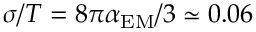
\sigma / T = 8 \pi \alpha _ { \mathrm { E M } } / 3 \simeq 0 . 0 6